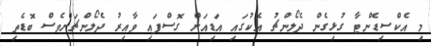
މި އެކްސިޑެންޓާ ގުޅިގެން ދެލޯންޗު އެކުގައި އަޑިއަށް ގޮސްފައި ވާއިރު ދެލޯންޗަށްވެސް ބޮޑެތި